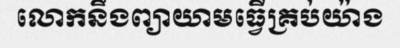
លោកនឹងព្យាយាមធ្វើគ្រប់យ៉ាង